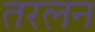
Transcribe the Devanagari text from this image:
तरलन